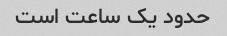
حدود یک ساعت است